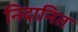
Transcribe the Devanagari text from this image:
निदानित